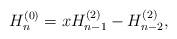
LaTeX: \begin{align*} H_n^{(0)}=xH_{n-1}^{(2)}-H_{n-2}^{(2)}, \end{align*}